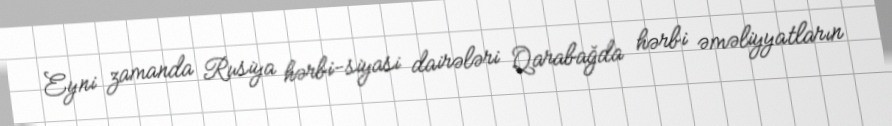
Eyni zamanda Rusiya hərbi-siyasi dairələri Qarabağda hərbi əməliyyatların